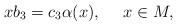
LaTeX: \begin{align*}xb_3=c_3\alpha(x),\ \ \ \ x\in M,\end{align*}